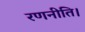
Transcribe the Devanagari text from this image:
रणनीति।